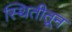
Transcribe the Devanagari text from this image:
स्थितीतून